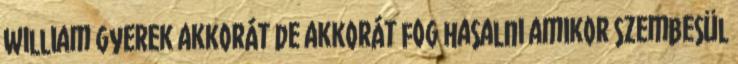
William gyerek akkorát de akkorát fog hasalni amikor szembesül